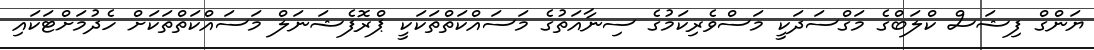
ޔަންގް ފިޝަސް ކްލަބްގެ މަގްސަދަކީ މަސްވެރިކަމުގެ ސިނާއަތުގެ މަސައްކަތްތަކަކީ ޕްރޮފެޝަނަލް މަސައްކަތްތަކަށް ހެދުމަށްޓަކައި